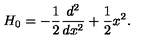
H _ { 0 } = - \frac { 1 } { 2 } \frac { d ^ { 2 } } { d x ^ { 2 } } + \frac { 1 } { 2 } x ^ { 2 } .